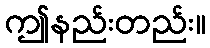
ဤနည်းတည်း။